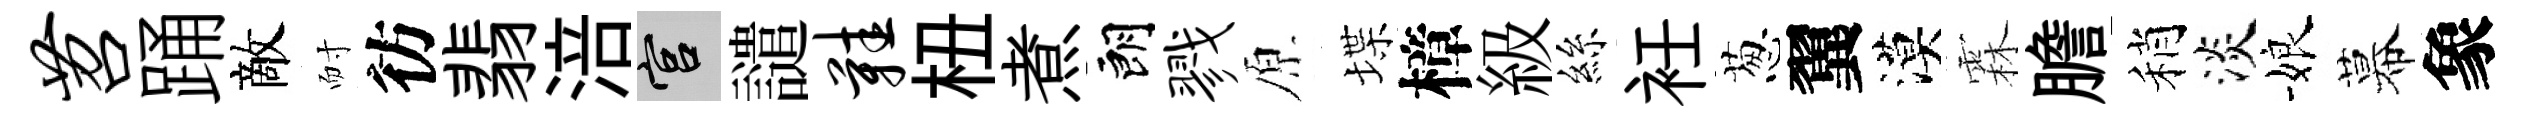
苕踊敵耐彷翡涪宫譴鞋杻煮朗戮原堞樟級絲衽葱翼漠霖膽稍淡娘幕象